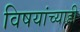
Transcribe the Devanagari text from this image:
विषयांच्याही